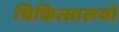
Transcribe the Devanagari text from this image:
चिकित्सालयो